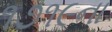
૧૭૧૯ના